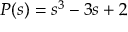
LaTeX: P ( s ) = s ^ { 3 } - 3 s + 2